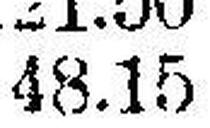
48.15